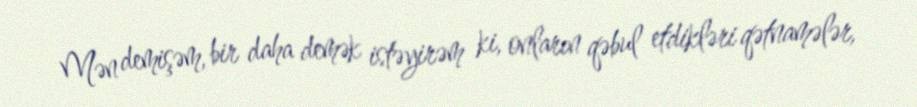
Mən demişəm, bir daha demək istəyirəm ki, onların qəbul etdikləri qətnamələr,